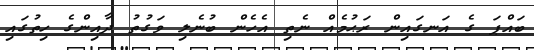
ބައްޕަ ގެ އަނގައިން ރަޙުމެއް ނެތި އެހެން ބުނެލި ވަގުތު ދާއިންގެ ހިތުގައި